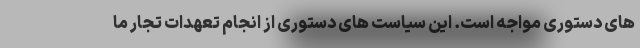
های دستوری مواجه است. این سیاست های دستوری از انجام تعهدات تجار ما